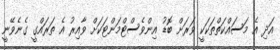
އަދި އެ މަސައްކަތްތަކަކީ ވަރަށް ބޮޑު އިންވެސްޓްމަންޓަކަށް ވާއިރު އެ ތަރައްގީ ގެނެވޭނީ